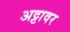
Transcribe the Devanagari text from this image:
अट्टावर